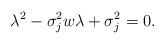
LaTeX: \begin{align*} \lambda^2 - \sigma_j^2 w \lambda + \sigma_j^2 = 0.\end{align*}